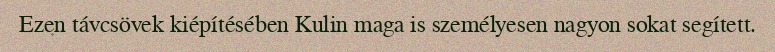
Ezen távcsövek kiépítésében Kulin maga is személyesen nagyon sokat segített.